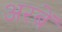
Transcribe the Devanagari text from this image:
अरबें